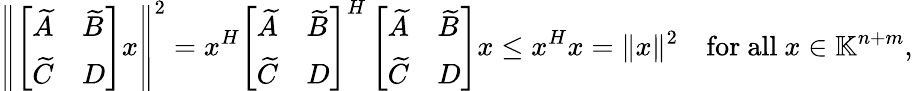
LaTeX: \left\| \left[\begin{array}{ll}{\widetilde{A}}&{\widetilde{B}}\\ {\widetilde{C}}&{D}\end{array}\right]x\right\| ^{2}=x^{H}\left[\begin{array}{ll}{\widetilde{A}}&{\widetilde{B}}\\ {\widetilde{C}}&{D}\end{array}\right]^{H}\left[\begin{array}{ll}{\widetilde{A}}&{\widetilde{B}}\\ {\widetilde{C}}&{D}\end{array}\right]x\leq x^{H}x=\| x\| ^{2}\quad\mathrm{for~all~}x\in\mathbb{K}^{n+m},